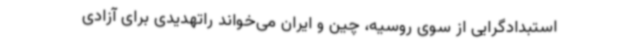
استبدادگرایی از سوی روسیه، چین و ایران می‌خواند راتهدیدی برای آزادی